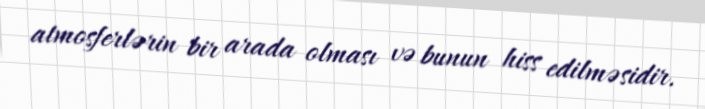
atmosferlərin bir arada olması və bunun hiss edilməsidir.